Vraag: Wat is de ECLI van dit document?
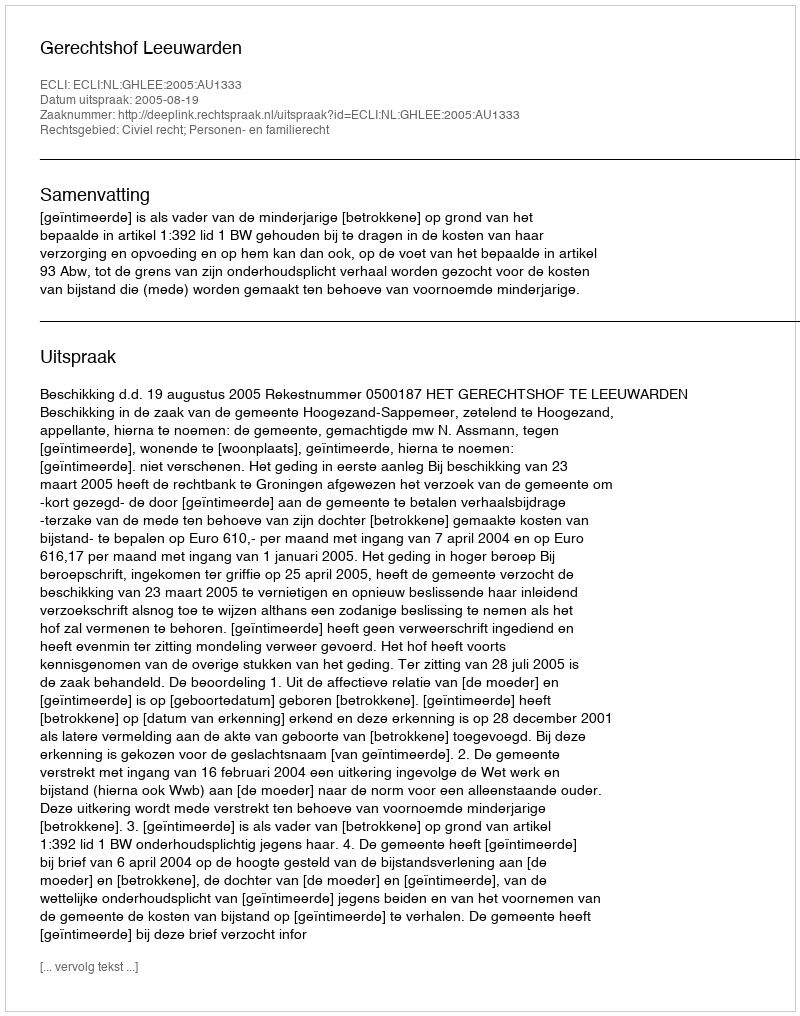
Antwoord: ECLI:NL:GHLEE:2005:AU1333